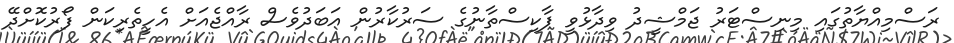
ރަސްމިއްޔާތުގައި މިނިސްޓަރު ޖަމްޝީދު ވިދާޅުވީ ޕާކިސްތާނުގެ ސަރުކާރުން އަބަދުވެސް ރާއްޖެއަށް އެހީތެރިކަން ފޯރުކޮށްދޭ